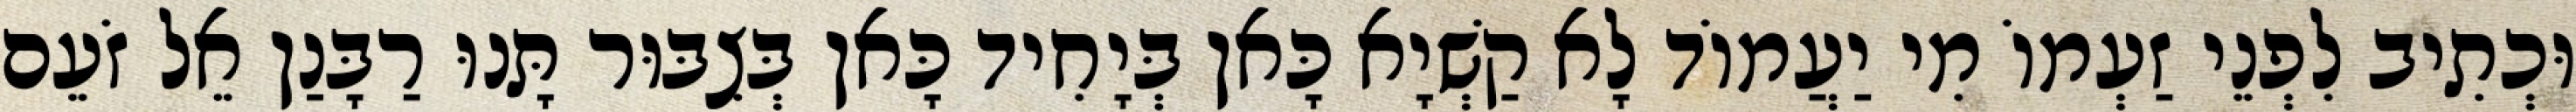
וּכְתִיב לִפְנֵי זַעְמוֹ מִי יַעֲמוֹד לָא קַשְׁיָא כָּאן בְּיָחִיד כָּאן בְּצִבּוּר תָּנוּ רַבָּנַן אֵל זֹעֵם